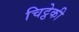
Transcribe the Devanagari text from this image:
चिट्ठेकी